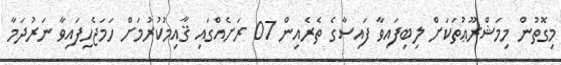
މިގޮތުން މިމަޝްރޫޢުތަކަށް ލިބިފައިވާ ފައިސާގެ ތެރެއިން 07 ރަށެއްގައި ޤާއިމުކުރުމަށް ހަމަޖެހިފައިވާ ނަރުދަމާ